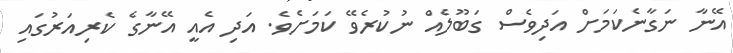
އޭނާ ނަގާނެކަމަށް އަދިވެސް ގަބޫލެއް ނުކުރެވޭ ކަމަށެވެ. އަދި އެއީ އޭނާގެ ކެރިއަރުގައި